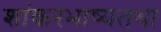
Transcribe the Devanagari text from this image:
शांकरभाष्यतथा